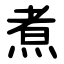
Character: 煮